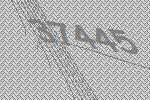
37445